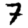
Digit: 7